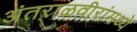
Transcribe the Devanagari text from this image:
अंतराळवीरांमध्ये